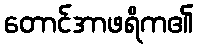
တောင်အာဖရိက၏